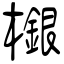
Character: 檭